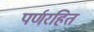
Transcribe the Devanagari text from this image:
पर्णरहित